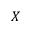
X